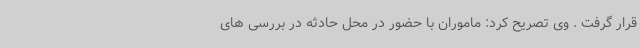
قرار گرفت . وی تصریح کرد: ماموران با حضور در محل حادثه در بررسی های